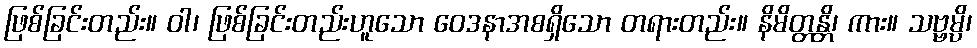
ဖြစ်ခြင်းတည်း။ ဝါ၊ ဖြစ်ခြင်းတည်းဟူသော ဝေဒနာအစရှိသော တရားတည်း။ နိမိတ္တန္တိ၊ ကား။ သဗ္ဗမ္ပိ၊